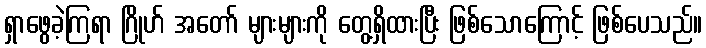
ရှာဖွေခဲ့ကြရာ ဂြိုဟ် အတော် များများကို တွေ့ရှိထားပြီး ဖြစ်သောကြောင့် ဖြစ်ပေသည်။